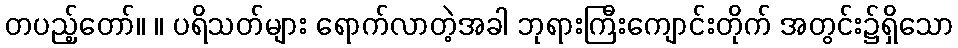
တပည့်တော်။ ။ ပရိသတ်များ ရောက်လာတဲ့အခါ ဘုရားကြီးကျောင်းတိုက် အတွင်း၌ရှိသော